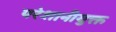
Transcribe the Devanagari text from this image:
परेशानीयुक्त